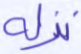
نزله